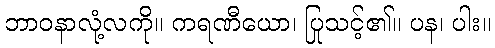
ဘာဝနာလုံ့လကို။ ကရဏီယော၊ ပြုသင့်၏။ ပန၊ ပါး။